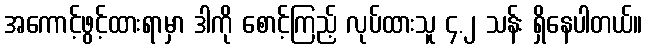
အကောင့်ဖွင့်ထားရာမှာ ဒါကို စောင့်ကြည့် လုပ်ထားသူ ၄.၂ သန်း ရှိနေပါတယ်။